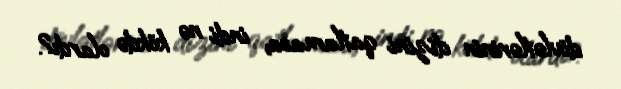
dövlətlərinin dizini qatlamasa, indi nə kökdə olardı?.